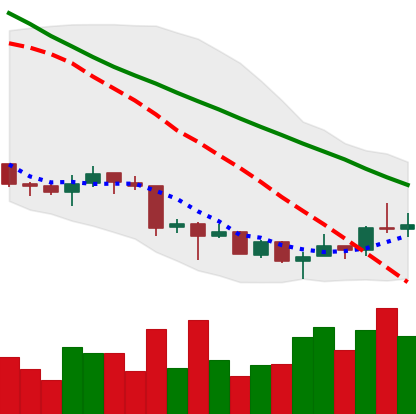
Ticker: XRP-USD
Chart end date: 2018-07-04
Forward return: -3.219%
Label: down_3_5